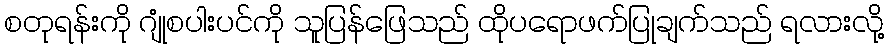
စတုရန်းကို ဂျုံစပါးပင်ကို သူပြန်ဖြေသည် ထိုပရောဖက်ပြုချက်သည် ရလားလို့